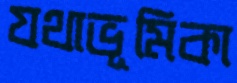
যথাভূমিকা